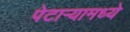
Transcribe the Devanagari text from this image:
पेटाऱ्यामध्ये